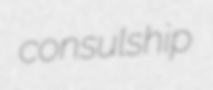
consulship